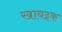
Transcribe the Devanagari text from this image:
खावइक